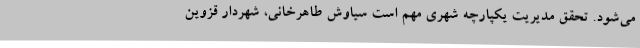
می‌شود. تحقق مدیریت یکپارچه شهری مهم است سیاوش طاهرخانی، شهردار قزوین